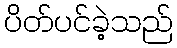
ပိတ်ပင်ခဲ့သည်